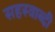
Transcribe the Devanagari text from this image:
सहस्‍त्राब्दी